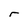
Character: r